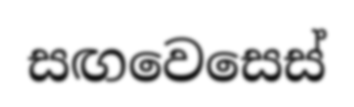
සඟවෙසෙස්